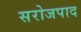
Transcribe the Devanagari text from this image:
सरोजपाद